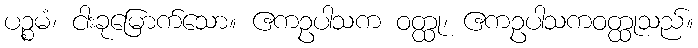
ပဉ္စမံ၊ ငါးခုမြောက်သော။ ဧကဥပါသက ဝတ္ထု၊ ဧကဥပါသကဝတ္ထုသည်။